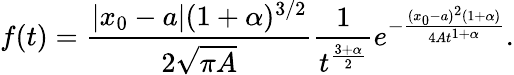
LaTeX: f(t)=\frac{|x_{0}-a|(1+\alpha)^{3/2}}{2\sqrt{\pi A}}\frac{1}{t^{\frac{3+\alpha}{2}}}e^{-\frac{(x_{0}-a)^{2}(1+\alpha)}{4At^{1+\alpha}}}.